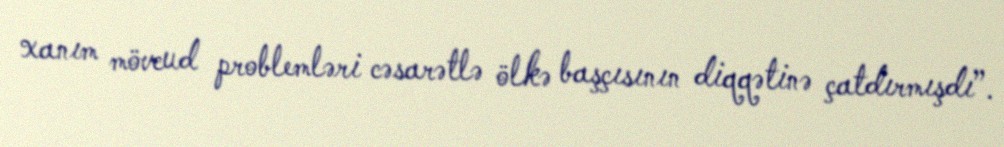
xanım mövcud problemləri cəsarətlə ölkə başçısının diqqətinə çatdırmışdı”.